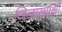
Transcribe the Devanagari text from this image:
जिलाख्यक्षों